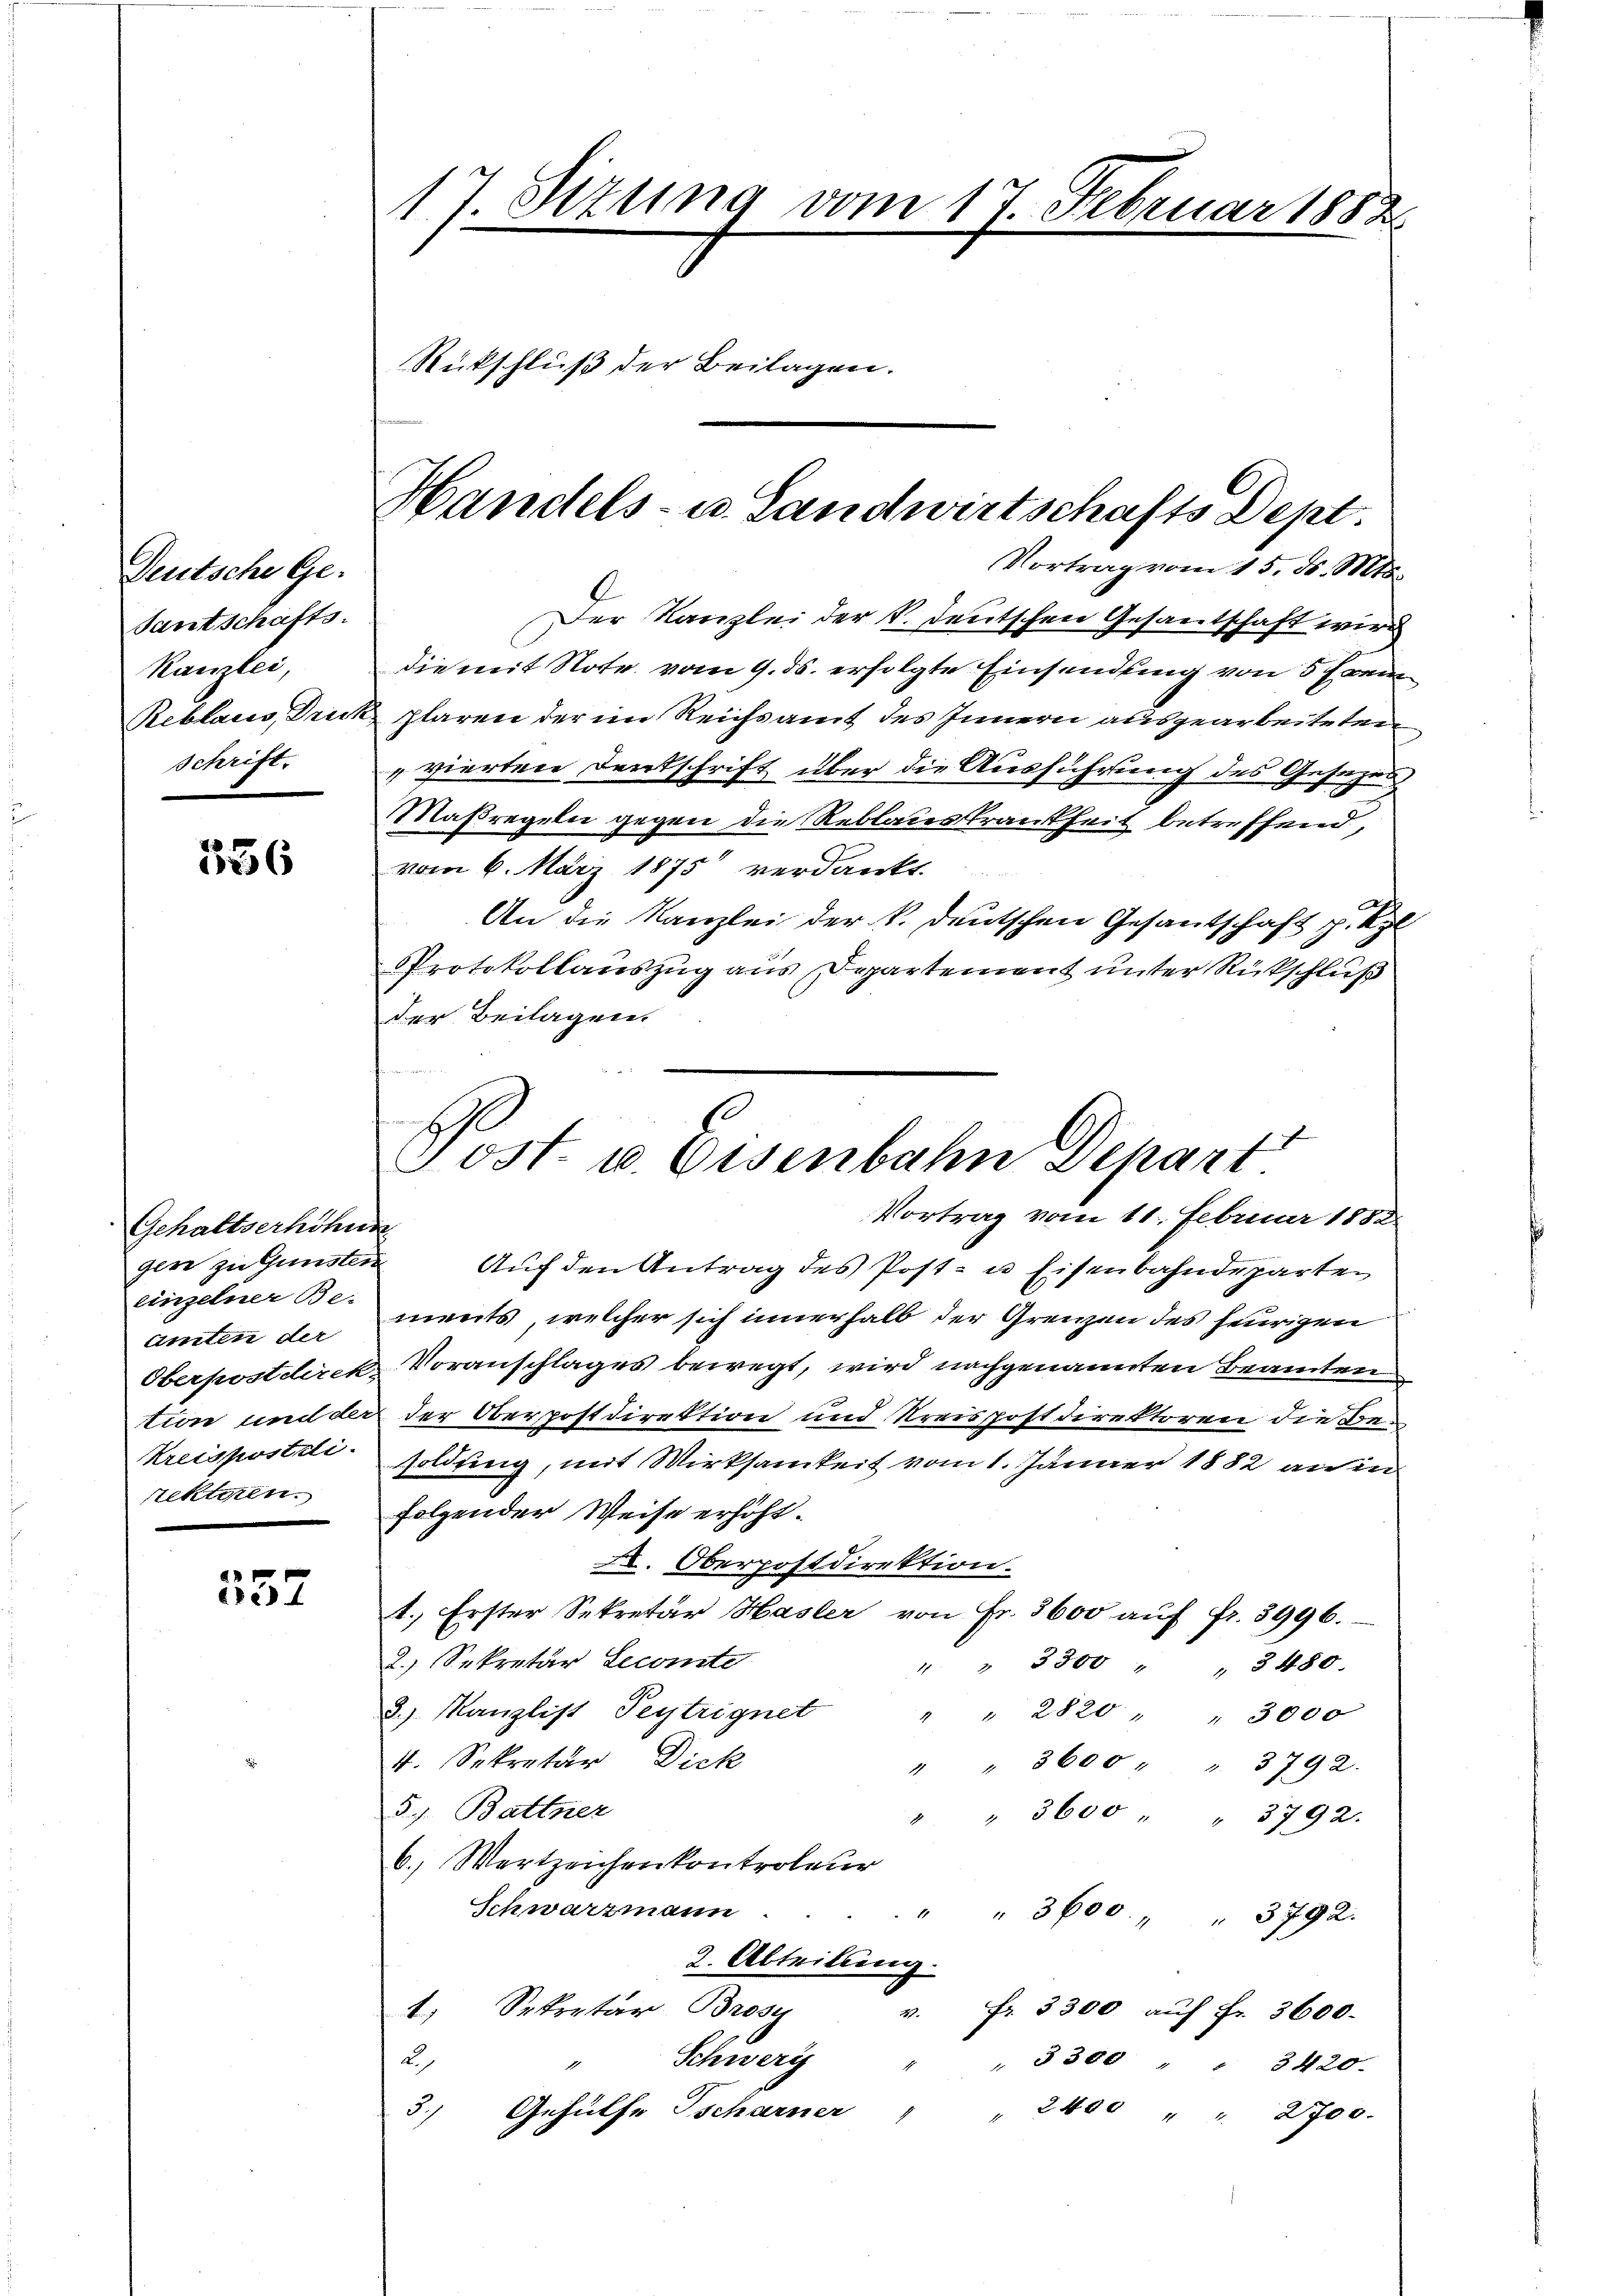
Deutsche Ge-
Tantschafts-
Kanzlei,
Reblaues, Drech
Schrift.

336

Gehaltserhöhun
gere zu Gunsten
einzelner Be-
amten der
Oberpostdirek-
tion und der
Kreispostdi
rektiren.

2
re

17. Sizung vom 17. Februar 1888
Rückschluß der Beilagen.

Handels- u. Landwirtschafts Dept.
Vortrag vom 15. d. Mts.

Der Kanzlei der k. deutschen Gesantschaft wird
die mit Note vom 9. ds. erfolgte Einsendung von 5 Exem
plaren der im Reichsamt des Innern ausgearbeiteten
„vierten Denkschrift über die Ausführung des Gesezen
Maßregeln gegen die Reblauskrankheit betreffend,
vom 6. März 1875 verdankt.
An die Kanzlei der k. deutschen Gesantschaft p. Kgl.
Protokollauszug aus Departement unter Rückschluß
der Beilagen.
Auf den Antrag des Post- u Eisenbahndeparten
ments, welcher sich innerhalb der Grenzen des herigen
Voranschlages bewegt, wird nachgenannten Beamten
der Oberpostdirektion und Kreispostdirektoren die Besolding, mit Wirksamkeit vom 1. Jänner 1882 an in
folgender Weise erhöht.
A. Oberpostdirektion.
1. Erster Sekretär Hasler von Fr. 3600 aŭf fr. 3996.
2.) Sekretär Lecomte
" " 3300 " " 3480.
2. Kanzlist Peytrignet " " 2820 " " 3000
4. Sekretär, Dick
" " 3600 " " 3792.
5. Battner
" 3600 " " 3792.
1
6.) Wertzeichenkontroleur
Schwarzmann
" " 3600 " 3792.
2. Abteilung.
1. Sekretär Brosy
v. fr. 3300 auf Fr. 3600.
2)
Schwer " 3300 3420.
3)
Gehülfe Tscharner
" 2400 " " 2700.

Post u. Eisenbahn Depart
Vortrag vom 11. Februar 1882